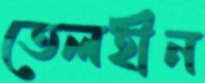
তেলহীন